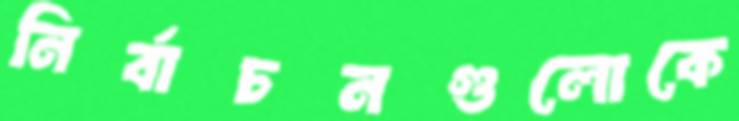
নির্বাচনগুলোকে